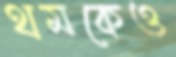
থমকেও